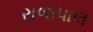
રાજપાલ